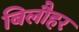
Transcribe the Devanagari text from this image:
बिलौहर